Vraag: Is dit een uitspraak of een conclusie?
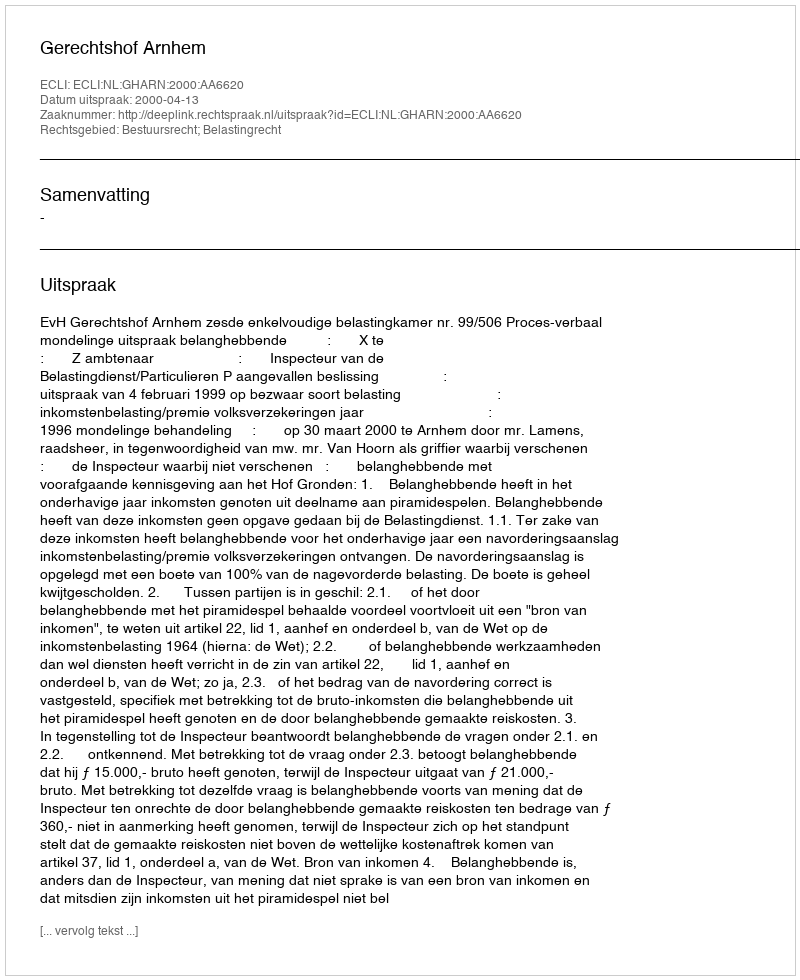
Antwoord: Uitspraak